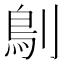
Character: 𠞸